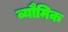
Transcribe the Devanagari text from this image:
व्यौमिक